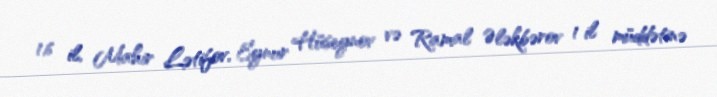
1,6 il, Mahir Lətifov, Eynur Hüseynov və Ramal Ələkbərov 1 il müddətinə